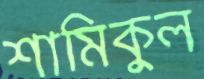
শামিকুল